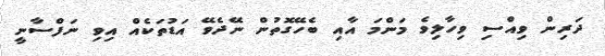
ދަރިން ވިއްސި ވިހާލިވެ މަންމަ އާއި ބެހޭގޮތުން ނޭދެވޭ އަޑުތަކެއް އިވި ނަފްސާނީ